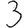
Digit: 3